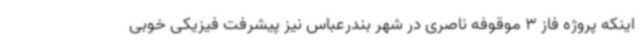
اینکه پروژه فاز 3 موقوفه ناصری در شهر بندرعباس نیز پیشرفت فیزیکی خوبی